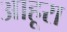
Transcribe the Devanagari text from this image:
आहूरा